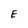
Character: E